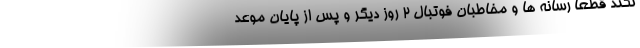
نکند قطعاً رسانه ها و مخاطبان فوتبال 2 روز دیگر و پس از پایان موعد